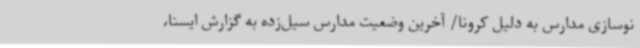
نوسازی مدارس به دلیل کرونا/ آخرین وضعیت مدارس سیل‌زده به گزارش ایسنا،